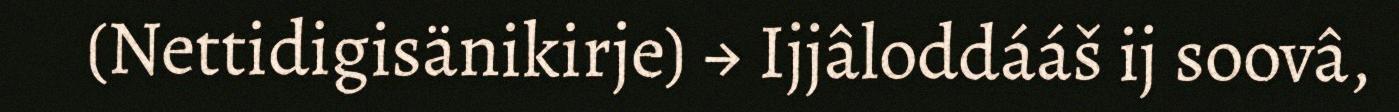
(Nettidigisänikirje) → Ijjâloddááš ij soovâ,